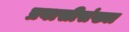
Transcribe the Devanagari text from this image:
प्रवासीसंख्या